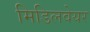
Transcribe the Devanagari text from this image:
मिडिलवेयर